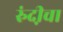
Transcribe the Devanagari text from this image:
रुंदी़चा